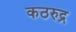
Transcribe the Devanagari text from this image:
कठरुद्र